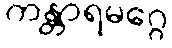
ကန္တာရမဂ္ဂေ